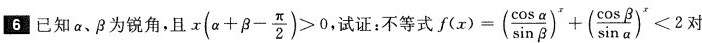
6已知a、β为锐角，且 x( \alpha + \beta - \frac{ \pi }{2})>0 试证：不等式f(x)=( \frac{ \cos \alpha }{ \sin \beta })^{x}+( \frac{ \cos \beta }{ \sin \alpha })^{x}<2对